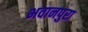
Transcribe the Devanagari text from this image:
भवानपुरा